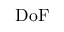
\mathrm { D o F }